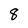
Character: 8